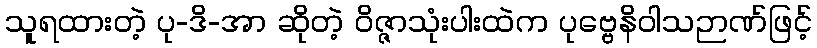
သူရထားတဲ့ ပု-ဒိ-အာ ဆိုတဲ့ ဝိဇ္ဇာသုံးပါးထဲက ပုဗ္ဗေနိဝါသဉာဏ်ဖြင့်